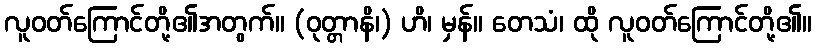
လူဝတ်ကြောင်တို့၏အတွက်။ (ဝုတ္တာနိ၊) ဟိ၊ မှန်။ တေသံ၊ ထို လူဝတ်ကြောင်တို့၏။